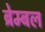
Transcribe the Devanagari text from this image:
ब्रेम्बल